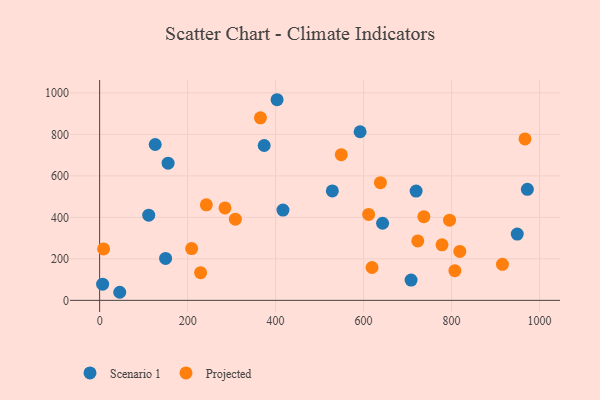
{"axis": {"x": "Engine Size", "y": "Sales"}, "legend": ["Projected", "Scenario 1"], "data": [{"x": "6.8", "y": 77.9, "type": "Scenario 1"}, {"x": "45.7", "y": 38.9, "type": "Scenario 1"}, {"x": "416.7", "y": 435.0, "type": "Scenario 1"}, {"x": "643.1", "y": 371.5, "type": "Scenario 1"}, {"x": "111.6", "y": 410.6, "type": "Scenario 1"}, {"x": "972.2", "y": 535.2, "type": "Scenario 1"}, {"x": "719.3", "y": 526.5, "type": "Scenario 1"}, {"x": "592.0", "y": 812.6, "type": "Scenario 1"}, {"x": "126.3", "y": 751.0, "type": "Scenario 1"}, {"x": "374.0", "y": 746.4, "type": "Scenario 1"}, {"x": "149.9", "y": 201.9, "type": "Scenario 1"}, {"x": "155.6", "y": 661.2, "type": "Scenario 1"}, {"x": "949.2", "y": 319.6, "type": "Scenario 1"}, {"x": "403.3", "y": 966.9, "type": "Scenario 1"}, {"x": "528.9", "y": 527.6, "type": "Scenario 1"}, {"x": "707.9", "y": 97.5, "type": "Scenario 1"}, {"x": "795.3", "y": 386.4, "type": "Projected"}, {"x": "284.9", "y": 445.4, "type": "Projected"}, {"x": "638.2", "y": 567.2, "type": "Projected"}, {"x": "611.4", "y": 414.2, "type": "Projected"}, {"x": "209.1", "y": 249.3, "type": "Projected"}, {"x": "818.6", "y": 235.9, "type": "Projected"}, {"x": "308.5", "y": 391.0, "type": "Projected"}, {"x": "915.5", "y": 173.5, "type": "Projected"}, {"x": "807.4", "y": 143.0, "type": "Projected"}, {"x": "9.0", "y": 248.0, "type": "Projected"}, {"x": "966.8", "y": 778.0, "type": "Projected"}, {"x": "229.5", "y": 133.2, "type": "Projected"}, {"x": "549.2", "y": 702.0, "type": "Projected"}, {"x": "723.1", "y": 286.2, "type": "Projected"}, {"x": "619.1", "y": 158.2, "type": "Projected"}, {"x": "736.9", "y": 403.3, "type": "Projected"}, {"x": "365.5", "y": 879.9, "type": "Projected"}, {"x": "778.2", "y": 267.6, "type": "Projected"}, {"x": "242.5", "y": 460.5, "type": "Projected"}]}